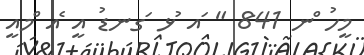
މީހު ްނ 841 " ައ ުޅ ަގނޑު އީ ެއ ްމއީ